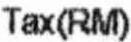
TAX(RM)